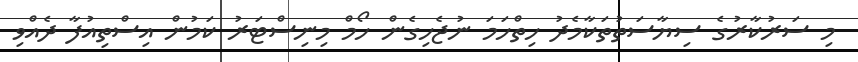
މި ސަރުކާރުގެ ސިޔާސަތުތަކާމެެދު ހިތްހަމަ ނުޖެހިގެން ހޯމް މިނިސްޓަރު ކަމުން އިސްތިއުފާ ދެއްވި